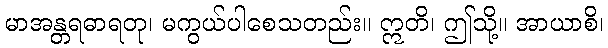
မာအန္တရဓာရတု၊ မကွယ်ပါစေသတည်း။ ဣတိ၊ ဤသို့။ အာယာစိ၊